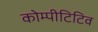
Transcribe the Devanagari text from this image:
कोम्पीटिटिव